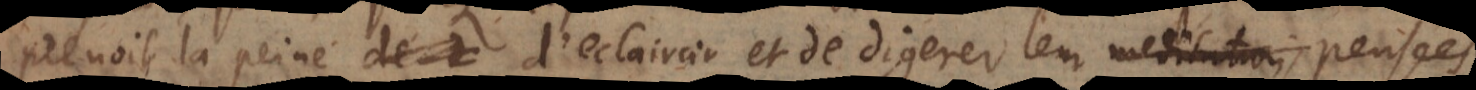
renoit la peine d’éclaircir et de digerer leur méditations pensées